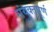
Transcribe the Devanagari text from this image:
संयुक्तपूर्ण